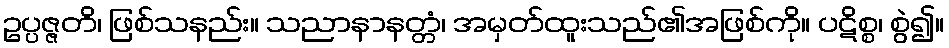
ဥပ္ပဇ္ဇတိ၊ ဖြစ်သနည်း။ သညာနာနတ္တံ၊ အမှတ်ထူးသည်၏အဖြစ်ကို။ ပဋိစ္စ၊ စွဲ၍။